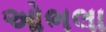
ઓભલા